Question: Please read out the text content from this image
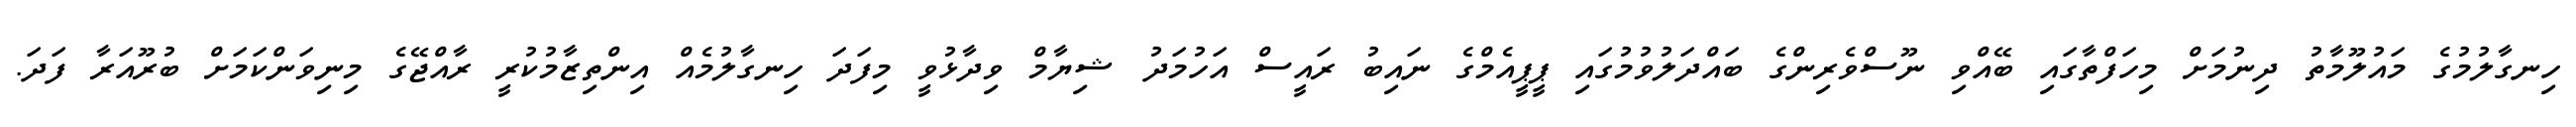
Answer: ހިނގާލުމުގެ މައުލޫމާތު ދިނުމަށް މިހަފްތާގައި ބޭއްވި ނޫސްވެރިންގެ ބައްދަލުވުމުގައި ޕީޕީއެމްގެ ނައިބު ރައީސް އަހުމަދު ޝިޔާމް ވިދާޅުވީ މިފަދަ ހިނގާލުމެއް އިންތިޒާމުކުރީ ރާއްޖޭގެ މިނިވަންކަމަށް ބުރޫއަރާ ފަދަ.